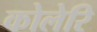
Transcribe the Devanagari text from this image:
कोलेरि